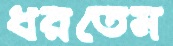
ধরতেম